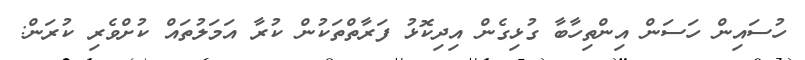
ހުސައިން ހަސަން އިންތިހާބާ ގުޅިގެން އިދިކޮޅު ފަރާތްތަކުން ކުރާ އަމަލުތައް ކުށްވެރި ކުރަން: